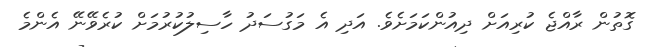
ގޮތުން ރާއްޖެ ކުރިއަށް ދިއުންކަމަށެވެ. އަދި އެ މަގުސަދު ހާސިލުކުރުމަށް ކުރެވޭނޭ އެންމެ